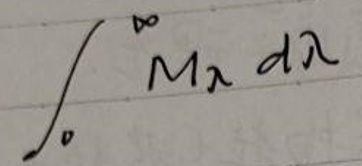
$\int_{0}^{\infty} M_{\lambda} d \lambda$